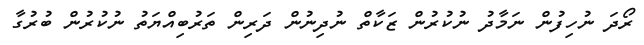
ރޯދަ ނުހިފުން ނަމާދު ނުކުރުން ޒަކާތް ނުދިނުން ދަރިން ތަރުބިއްޔަތު ނުކުރުން ބުރުގާ